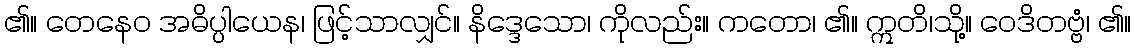
၏။ တေနေဝ အဓိပ္ပါယေန၊ ဖြင့်သာလျှင်။ နိဒ္ဒေသော၊ ကိုလည်း။ ကတော၊ ၏။ ဣတိ၊သို့။ ဝေဒိတဗ္ဗံ၊ ၏။